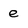
Character: e